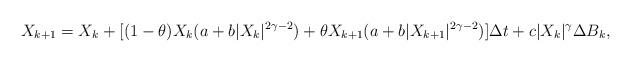
LaTeX: \begin{align*}X_{k+1}=X_k+[(1-\theta)X_k(a+b|X_k|^{2\gamma-2})+\theta X_{k+1}(a+b|X_{k+1}|^{2\gamma-2})]\Delta t+c|X_{k}|^\gamma \Delta B_k,\end{align*}